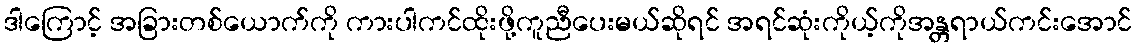
ဒါကြောင့် အခြားတစ်ယောက်ကို ကားပါကင်ထိုးဖို့ကူညီပေးမယ်ဆိုရင် အရင်ဆုံးကိုယ့်ကိုအန္တရာယ်ကင်းအောင်